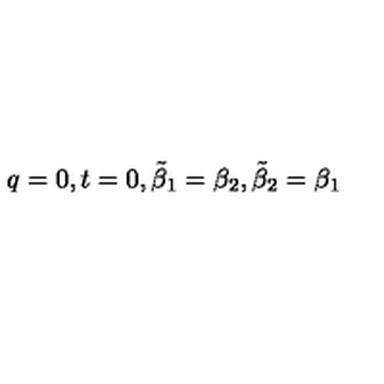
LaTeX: q = 0 , t = 0 , \tilde { \beta } _ { 1 } = \beta _ { 2 } , \tilde { \beta } _ { 2 } = \beta _ { 1 }